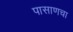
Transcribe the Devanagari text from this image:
पासाणचा